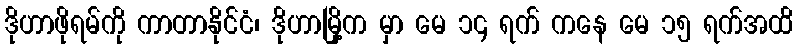
ဒိုဟာဖိုရမ်ကို ကာတာနိုင်ငံ၊ ဒိုဟာမြို့က မှာ မေ ၁၄ ရက် ကနေ မေ ၁၅ ရက်အထိ